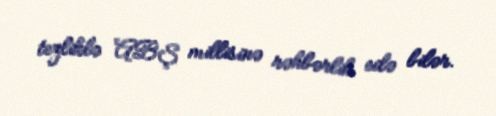
tezliklə ABŞ millisinə rəhbərlik edə bilər.